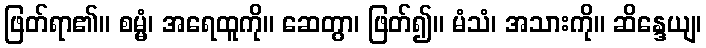
ဖြတ်ရာ၏။ စမ္မံ၊ အရေထူကို။ ဆေတွာ၊ ဖြတ်၍။ မံသံ၊ အသားကို။ ဆိန္ဒေယျ၊